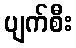
ပျက်စီး